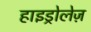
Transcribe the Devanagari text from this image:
हाइड्रोलेज़